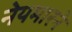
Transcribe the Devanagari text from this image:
नेयमारने